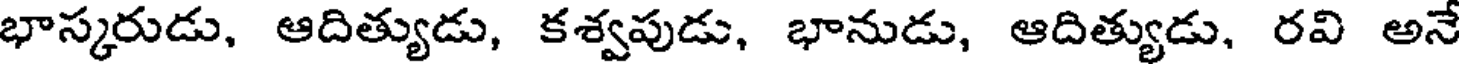
భాస్కరుడు, ఆదిత్యుడు, కశ్వపుడు, భానుడు, ఆదిత్యుడు, రవి అనే